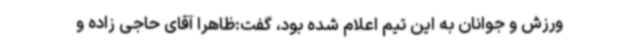
ورزش و جوانان به این تیم اعلام شده بود، گفت:ظاهرا آقای حاجی زاده و